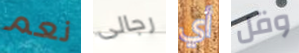
نعم رجالى أي وقل